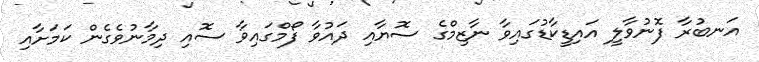
އަނބުރާ ފޮނުވާލީ އައިޑީކާޑުގައިވާ ނާޒިމްގެ ސޮޔާއި ދައުވާ ފޯމްގައިވާ ސޮއި ދިމާނުވެގެން ކަމަށާއި